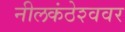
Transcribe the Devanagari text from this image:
नीलकंठेश्‍ववर